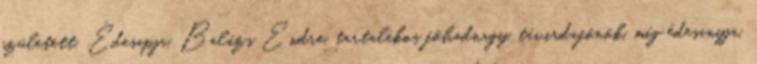
született. Édesapja, Balázs Endre, tartalékos főhadnagy, távirdafőnök, míg édesanyja,